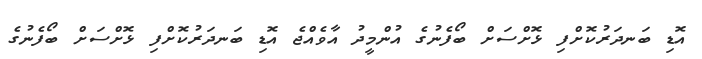
އޮޑި ބަނދަރުކޮށްފި ޅޮށްސަށް ބޯފެނުގެ އުންމީދު އާވެއްޖެ އޮޑި ބަނދަރުކޮށްފި ޅޮށްސަށް ބޯފެނުގެ